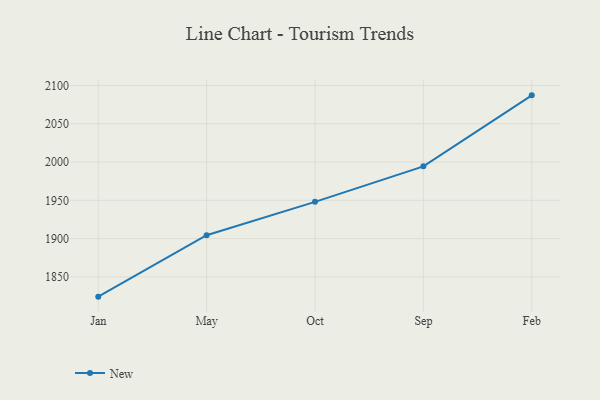
{"axis": {"x": "Month", "y": "Operating Costs (USD K)"}, "legend": ["New"], "data": [{"x": "Jan", "y": 1824.2, "type": "New"}, {"x": "May", "y": 1904.5, "type": "New"}, {"x": "Oct", "y": 1948.0, "type": "New"}, {"x": "Sep", "y": 1994.4, "type": "New"}, {"x": "Feb", "y": 2087.1, "type": "New"}]}